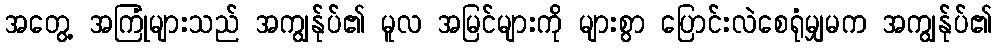
အတွေ့ အကြုံများသည် အကျွန်ုပ်၏ မူလ အမြင်များကို များစွာ ပြောင်းလဲစေရုံမျှမက အကျွန်ုပ်၏